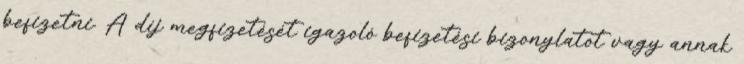
befizetni. A díj megfizetését igazoló befizetési bizonylatot vagy annak